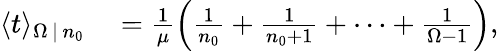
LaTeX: \begin{array}{rl}{\langle t\rangle_{\Omega\, |\, n_{0}}}&{{}=\frac{1}{\mu}\left(\frac{1}{n_{0}}+\frac{1}{n_{0}+1}+\cdots+\frac{1}{\Omega-1}\right),}\end{array}